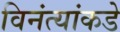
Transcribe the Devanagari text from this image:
विनंत्यांकडे